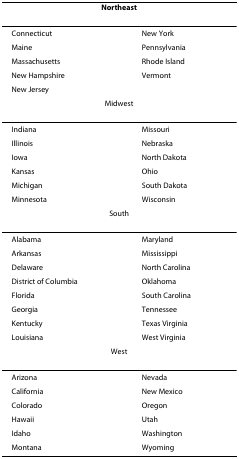
| <COLSPAN=2> Northeast |
 | --- | --- |
 | Connecticut | New York |
 | Maine | Pennsylvania |
 | Massachusetts | Rhode Island |
 | New Hampshire | Vermont |
 | New Jersey |  |
 | <COLSPAN=2> Midwest |
 | Indiana | Missouri |
 | Illinois | Nebraska |
 | Iowa | North Dakota |
 | Kansas | Ohio |
 | Michigan | South Dakota |
 | Minnesota | Wisconsin |
 | <COLSPAN=2> South |
 | Alabama | Maryland |
 | Arkansas | Mississippi |
 | Delaware | North Carolina |
 | District of Columbia | Oklahoma |
 | Florida | South Carolina |
 | Georgia | Tennessee |
 | Kentucky | Texas Virginia |
 | Louisiana | West Virginia |
 | <COLSPAN=2> West |
 | Arizona | Nevada |
 | California | New Mexico |
 | Colorado | Oregon |
 | Hawaii | Utah |
 | Idaho | Washington |
 | Montana | Wyoming |